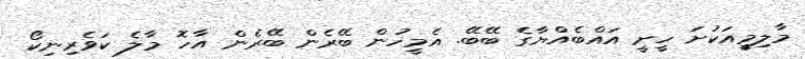
މާލިމީއަކުށަ ހީށީ އައްބެއްޔާގެ ބޭބޭ. އެމީހުން ބޭރެން ބޭރެން އާހޮ މާލެ ކަވެރިނިކޯ